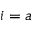
i = a